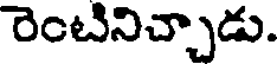
రెంటినిచ్చాడు.